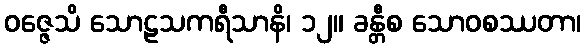
ဝဇ္ဇေသိ သောဠသကရီသာနိ၊ ၁၂။ ခန္တီစ သောဝစဿတာ၊